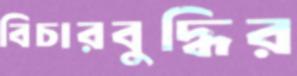
বিচারবুদ্ধির